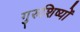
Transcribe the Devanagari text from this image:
गुरुशिष्यों